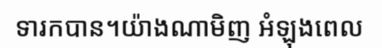
ទារកបាន។យ៉ាងណាមិញ អំឡុងពេល